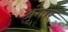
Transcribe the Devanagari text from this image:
श्रृंंगार